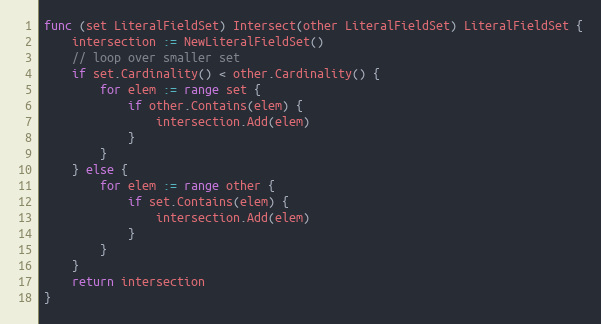
Language: Go
func (set LiteralFieldSet) Intersect(other LiteralFieldSet) LiteralFieldSet {
	intersection := NewLiteralFieldSet()
	// loop over smaller set
	if set.Cardinality() < other.Cardinality() {
		for elem := range set {
			if other.Contains(elem) {
				intersection.Add(elem)
			}
		}
	} else {
		for elem := range other {
			if set.Contains(elem) {
				intersection.Add(elem)
			}
		}
	}
	return intersection
}